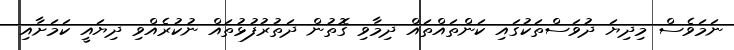
ނަމަވެސް މިދިޔަ ދުވަސްތަކުގައި ކަންތައްތައް ދިމާވި ގޮތުން ދަތުރުފުޅުތައް ނުކުރެއްވި ދިޔައީ ކަމަށާއި